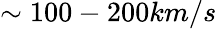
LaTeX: \sim 100-200km/s